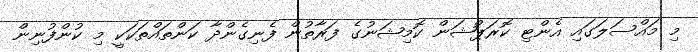
މި މައްސަލަގައި އެންޓި ކޮރަޕްޝަން ކޮމިޝަނުގެ ފަރާތުން ފެނިގެންދާ ކަންތައްތަކަކީ މި ކުންފުނިން